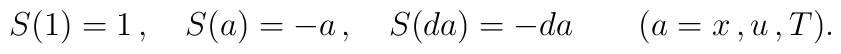
S(1)=1\,, \ \ \ S(a)=-a\,, \ \ \ S(da)=-da \ \ \ \ \ \ (a=x\,,u\,,T).